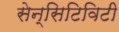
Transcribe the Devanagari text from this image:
सेन्सिटिविटी